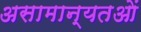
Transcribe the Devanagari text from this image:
असामान्यतओं